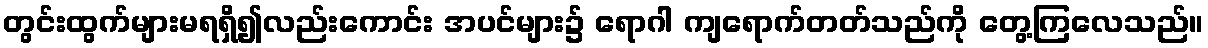
တွင်းထွက်များမရရှိ၍လည်းကောင်း အပင်များ၌ ရောဂါ ကျရောက်တတ်သည်ကို တွေ့ကြလေသည်။